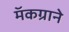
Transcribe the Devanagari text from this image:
मॅकग्राने